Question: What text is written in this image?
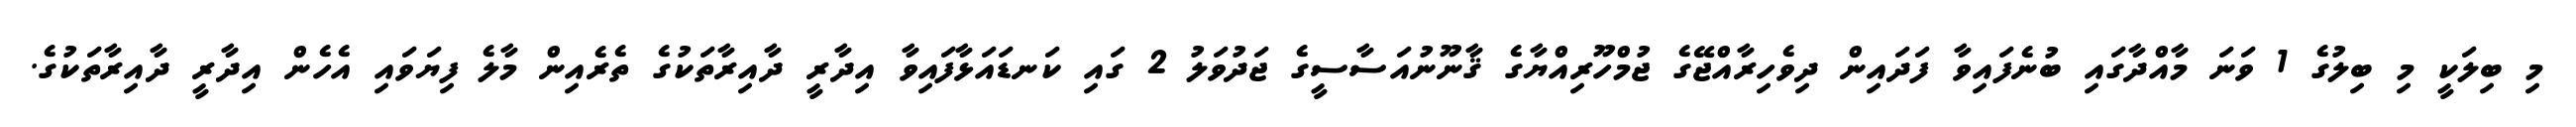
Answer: މި ބިލަކީ މި ބިލުގެ 1 ވަނަ މާއްދާގައި ބުނެފައިވާ ފަދައިން ދިވެހިރާއްޖޭގެ ޖުމްހޫރިއްޔާގެ ޤާނޫނުއަސާސީގެ ޖަދުވަލު 2 ގައި ކަނޑައަޅާފައިވާ އިދާރީ ދާއިރާތަކުގެ ތެރެއިން މާލެ ފިޔަވައި އެހެން އިދާރީ ދާއިރާތަކުގެ.